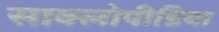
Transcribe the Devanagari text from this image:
साक्लोपीडिया